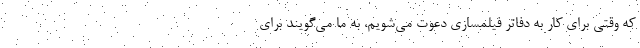
که وقتی برای کار به دفاتر فیلمسازی دعوت می‌شویم، به ما می‌گویند برای